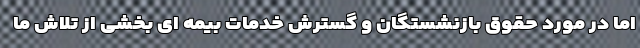
اما در مورد حقوق بازنشستگان و گسترش خدمات بیمه ای بخشی از تلاش ما